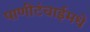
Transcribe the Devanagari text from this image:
पाणीटंचाईमधे